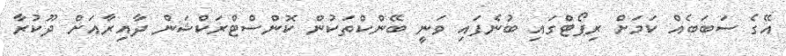
އޭގެ ސަބަބެއް ކަމަށް ރިޕޯޓްގައި ބުނެފައި ވަނީ ބޭންކްތަކުން ކޮންސްޓްރަކްޝަން ދާއިރާއަށް ދޫކުރާ